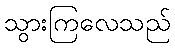
သွားကြလေသည်